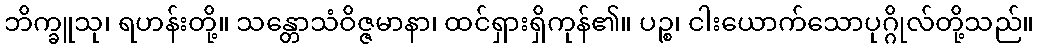
ဘိက္ခူသု၊ ရဟန်းတို့။ သန္တောသံဝိဇ္ဇမာနာ၊ ထင်ရှားရှိကုန်၏။ ပဉ္စ၊ ငါးယောက်သောပုဂ္ဂိုလ်တို့သည်။